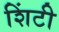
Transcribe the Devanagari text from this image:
शिंटी